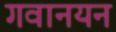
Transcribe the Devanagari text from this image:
गवानयन